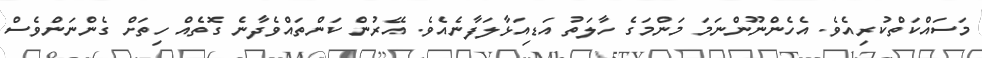
މަސައްކަތްކުރިއެވެ. އެހެންނޫންނަމަ މަންމަގެ ހާލަތު އަޑިއަޅާލަފާނެއެވެ. އޭރުން ކަންތައްވެދާނެ ގޮތެއް ހިތަށް ގެންނަންވެސް